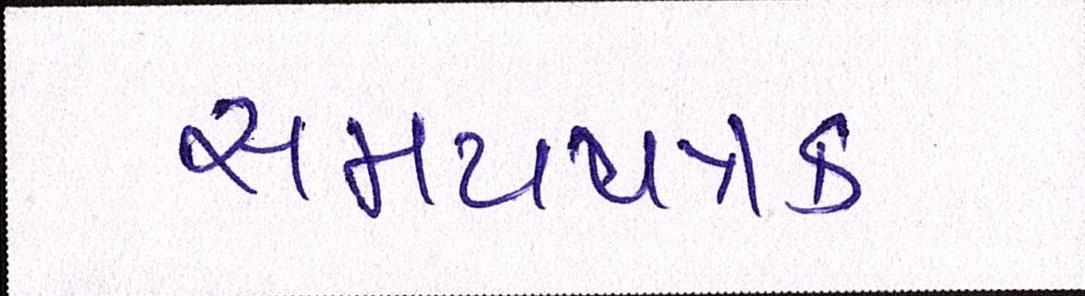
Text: સમયપત્રક